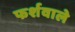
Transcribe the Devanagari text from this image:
फर्शवाले